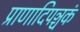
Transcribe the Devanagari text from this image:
प्राणादिपञ्चकं